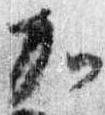
加